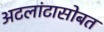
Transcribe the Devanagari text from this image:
अटलांटासोबत